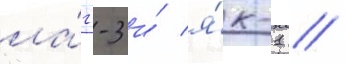
ла́гг-3 и́ я́к-1 //